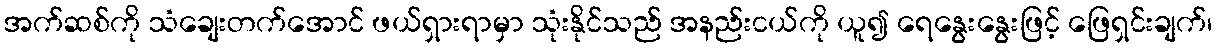
အက်ဆစ်ကို သံချေးတက်အောင် ဖယ်ရှားရာမှာ သုံးနိုင်သည် အနည်းငယ်ကို ယူ၍ ရေနွေးနွေးဖြင့် ဖြေရှင်းချက်၊